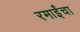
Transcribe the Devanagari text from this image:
रमाईंचा